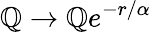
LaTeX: \mathbb{Q}\rightarrow\mathbb{Q}e^{-r/\alpha}